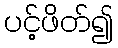
ပင့်ဖိတ်၍